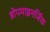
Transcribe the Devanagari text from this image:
डोपमाइनर्जिक